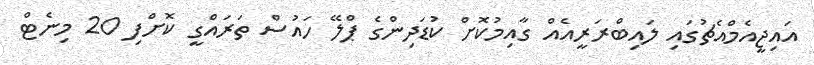
އައިޖީއެމްއެޗުގައި ލައިބްރަރީއެއް ގާއިމުކޮށް ކުޑަދިންގެ ޕްލޭ ހައުސް ތަރައްގީ ކޮށްފި 20 މިނެޓް